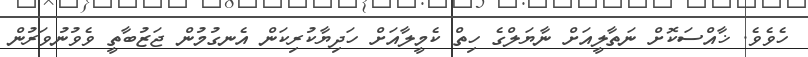
ހެވެވެ. ޚާއްސަކޮށް ނަތާލީއަށް ނާޔަލްގެ ހިތް ކެމީލާއަށް ހަދިޔާކުރިކަން އެނގުމުން ޖަޒުބާތީ ވެވުނުވަރުން